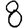
Digit: 8